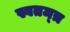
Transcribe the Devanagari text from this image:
स्वतम्त्र